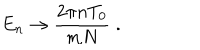
E _ { n } \rightarrow { \frac { 2 \pi n T _ { 0 } } { m N } } \; .